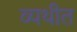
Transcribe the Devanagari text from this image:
व्यथीत